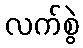
လက်စွဲ